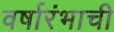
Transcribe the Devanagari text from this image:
वर्षारंभाची